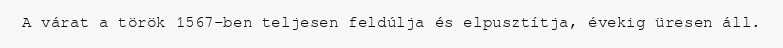
A várat a török 1567-ben teljesen feldúlja és elpusztítja, évekig üresen áll.